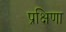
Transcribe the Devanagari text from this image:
प्रक्षिणा